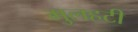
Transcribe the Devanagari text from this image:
मुलहटी